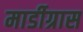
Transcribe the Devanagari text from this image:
मार्डीग्रास